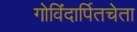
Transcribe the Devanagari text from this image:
गोविंदार्पितचेता